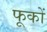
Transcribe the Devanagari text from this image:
फूकों